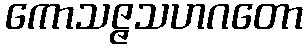
ကောသဇ္ဇသဟဂတော